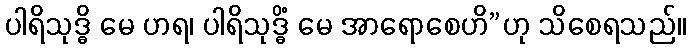
ပါရိသုဒ္ဓိ မေ ဟရ၊ ပါရိသုဒ္ဓိံ မေ အာရောစေဟိ”ဟု သိစေရသည်။